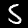
Digit: 5